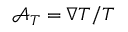
\boldsymbol { \mathcal { A } } _ { T } = \nabla T / T